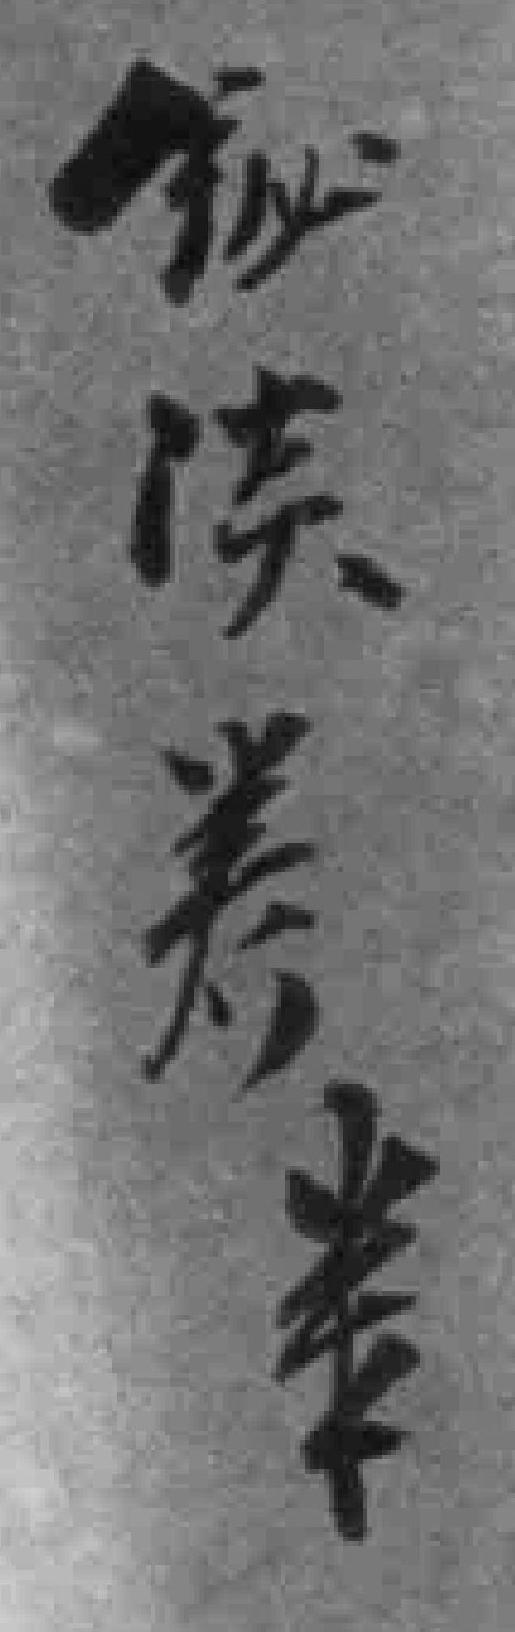
铋淡*